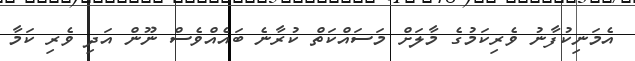
އެމަނިކުފާނު ވެރިކަމުގެ މާލަށް މަސައްކަތް ކުރާނެ ބައެއްވެސް ނޫން އަދި ވެރި ކަމާ